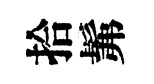
拾髴